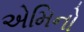
એમિનો